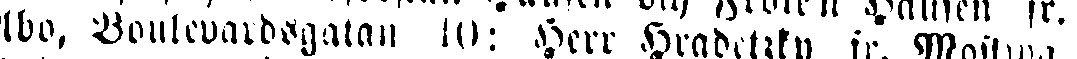
Åbo, Boulevardsgatan 10: Herr Hradetzky fr. Moskwa